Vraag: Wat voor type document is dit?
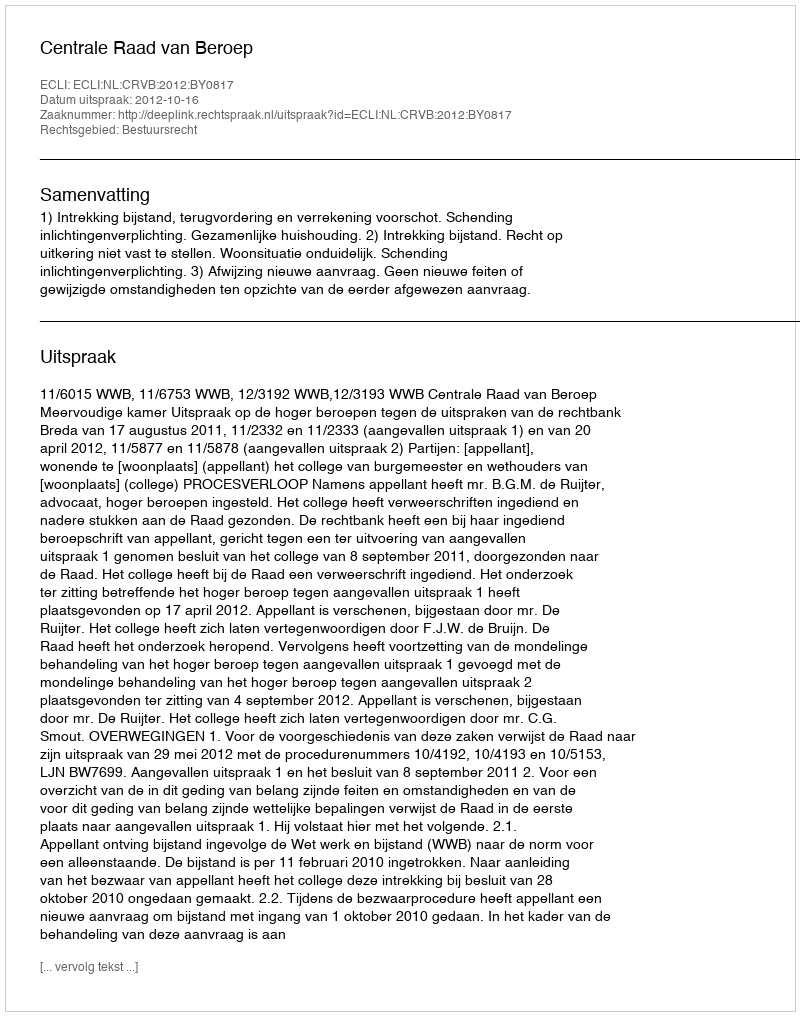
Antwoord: Uitspraak